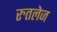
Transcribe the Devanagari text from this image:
रुतलेज